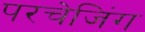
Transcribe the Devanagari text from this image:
परचेजिंग